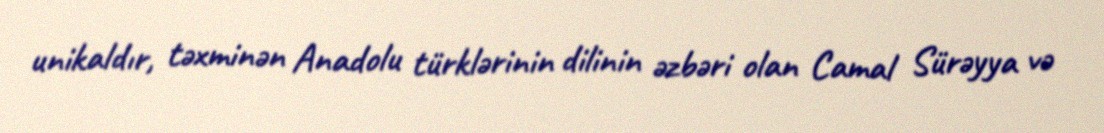
unikaldır, təxminən Anadolu türklərinin dilinin əzbəri olan Camal Sürəyya və